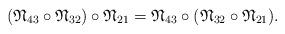
LaTeX: \begin{align*}(\frak N_{43} \circ \frak N_{32}) \circ \frak N_{21}=\frak N_{43} \circ (\frak N_{32} \circ \frak N_{21}).\end{align*}